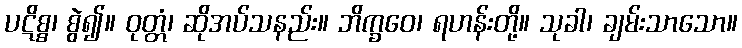
ပဋိစ္စ၊ စွဲ၍။ ဝုတ္တံ၊ ဆိုအပ်သနည်း။ ဘိက္ခဝေ၊ ရဟန်းတို့။ သုခါ၊ ချမ်းသာသော။